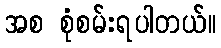
အစ စုံစမ်းရပါတယ်။